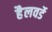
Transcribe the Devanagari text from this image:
हैलवर्डे